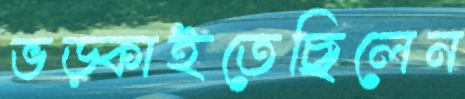
ভড়্‌কাইতেছিলেন